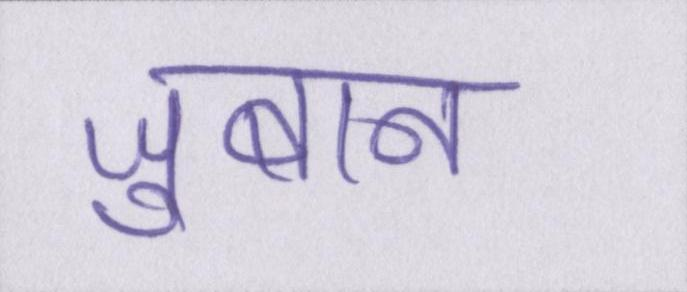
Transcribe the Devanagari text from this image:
ज़ुबान